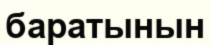
баратынын